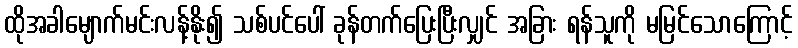
ထိုအခါမျောက်မင်းလန့်နိုး၍ သစ်ပင်ပေါ် ခုန်တက်ပြေးပြီးလျှင် အခြား ရန်သူကို မမြင်သောကြောင့်